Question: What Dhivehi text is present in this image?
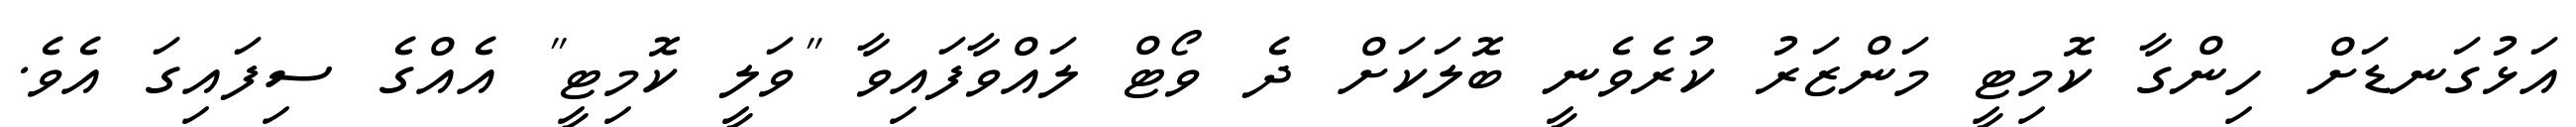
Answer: އަޅުގަނޑަށް ހިންގާ ކޮމިޓީ މަންޒަރު ކުރެވެނީ ބޮލަކަށް ދެ ވޯޓް ލައްވާފައިވާ "ވަލީ ކޮމިޓީ" އެއްގެ ސިފައިގަ އެވެ.